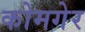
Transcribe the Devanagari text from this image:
कोमगेर